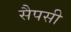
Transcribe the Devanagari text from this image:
सैपसी